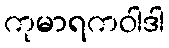
ကုမာရကဝါဒါ